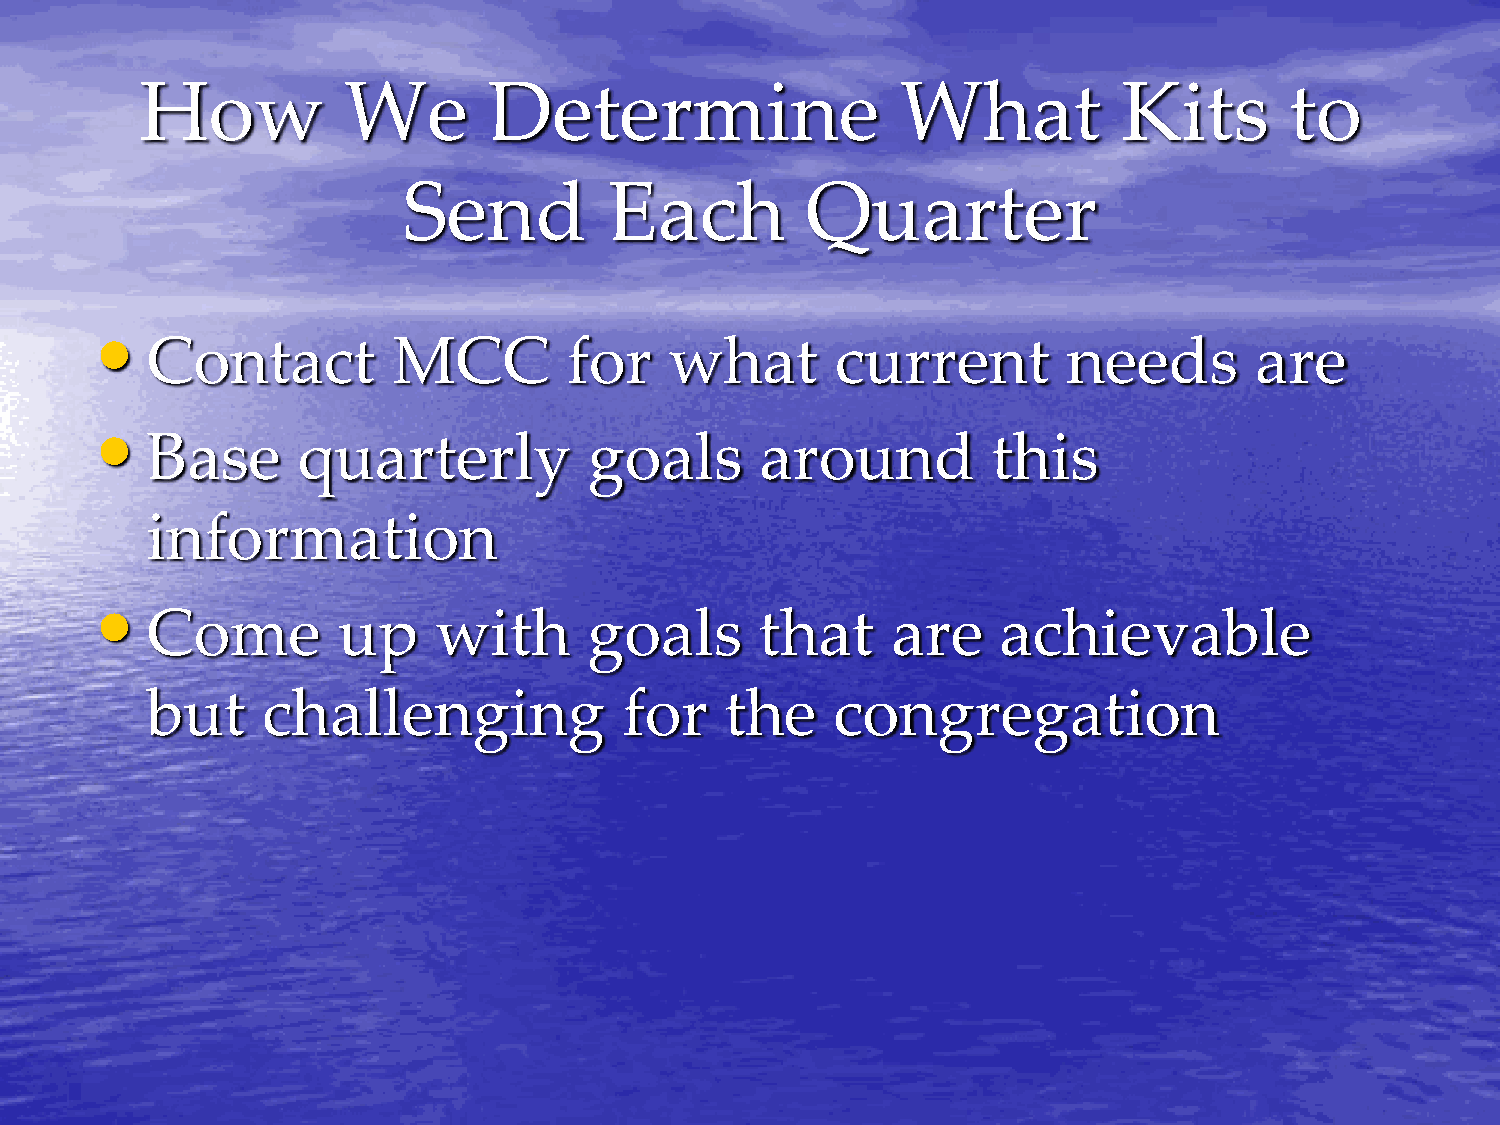
How           We       Determine                   What          Kits       to
 Send         Each         Quarter
 •
 Contact         MCC         for   what       current         needs       are
 •
 Base      quarterly          goals      around          this
 information
 •
 Come        up     with      goals      that     are    achievable
 but    challenging             for    the    congregation